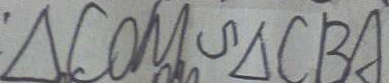
\Delta C O M \sim \Delta C B A